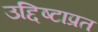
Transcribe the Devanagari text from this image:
उद्दिष्टाप्रत